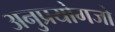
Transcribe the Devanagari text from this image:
अनुप्रयोगजो